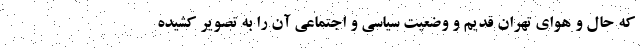
که حال و هوای تهران قدیم و وضعیت سیاسی و اجتماعی آن را به تصویر کشیده